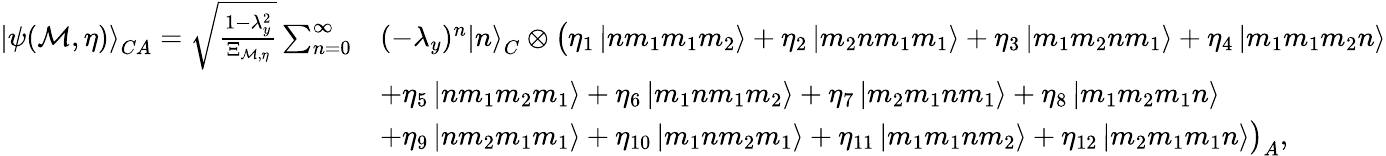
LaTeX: \begin{array}{rl}{\left|\psi(\mathcal{M},\eta)\right>_{CA}=\sqrt{\frac{1-\lambda_{y}^{2}}{\Xi_{\mathcal{M},\eta}}}\sum_{n=0}^{\infty}}&{(-\lambda_{y})^{n}\left|n\right>_{C}\otimes\big(\eta_{1}\left|nm_{1}m_{1}m_{2}\right>+\eta_{2}\left|m_{2}nm_{1}m_{1}\right>+\eta_{3}\left|m_{1}m_{2}nm_{1}\right>+\eta_{4}\left|m_{1}m_{1}m_{2}n\right>}\\ &{+\eta_{5}\left|nm_{1}m_{2}m_{1}\right>+\eta_{6}\left|m_{1}nm_{1}m_{2}\right>+\eta_{7}\left|m_{2}m_{1}nm_{1}\right>+\eta_{8}\left|m_{1}m_{2}m_{1}n\right>}\\ &{+\eta_{9}\left|nm_{2}m_{1}m_{1}\right>+\eta_{10}\left|m_{1}nm_{2}m_{1}\right>+\eta_{11}\left|m_{1}m_{1}nm_{2}\right>+\eta_{12}\left|m_{2}m_{1}m_{1}n\right>\big)_{A},}\end{array}